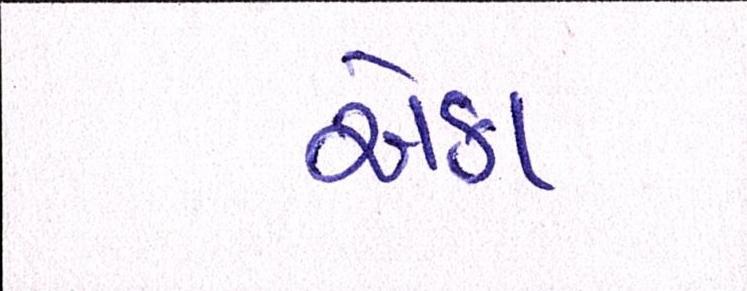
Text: એકા